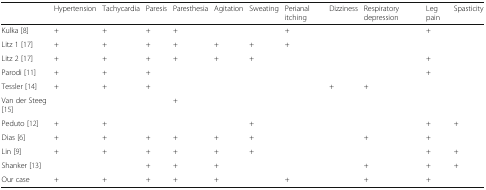
<table><thead><tr><td></td><td><b>Hypertension</b></td><td><b>Tachycardia</b></td><td><b>Paresis</b></td><td><b>Paresthesia</b></td><td><b>Agitation</b></td><td><b>Sweating</b></td><td><b>Perianal itching</b></td><td><b>Dizziness</b></td><td><b>Respiratory depression</b></td><td><b>Leg pain</b></td><td><b>Spasticity</b></td></tr></thead><tbody><tr><td>Kulka [8]</td><td>+</td><td>+</td><td>+</td><td>+</td><td></td><td></td><td>+</td><td></td><td></td><td>+</td><td></td></tr><tr><td>Litz 1 [17]</td><td>+</td><td>+</td><td>+</td><td>+</td><td>+</td><td>+</td><td>+</td><td></td><td></td><td></td><td></td></tr><tr><td>Litz 2 [17]</td><td>+</td><td>+</td><td>+</td><td>+</td><td>+</td><td>+</td><td></td><td></td><td></td><td>+</td><td></td></tr><tr><td>Parodi [11]</td><td>+</td><td>+</td><td>+</td><td></td><td></td><td></td><td></td><td></td><td></td><td>+</td><td></td></tr><tr><td>Tessler [14]</td><td>+</td><td>+</td><td>+</td><td></td><td></td><td></td><td></td><td>+</td><td>+</td><td></td><td></td></tr><tr><td>Van der Steeg [15]</td><td></td><td></td><td></td><td>+</td><td></td><td></td><td></td><td></td><td></td><td></td><td></td></tr><tr><td>Peduto [12]</td><td>+</td><td>+</td><td></td><td></td><td></td><td>+</td><td></td><td></td><td></td><td>+</td><td>+</td></tr><tr><td>Dias [6]</td><td>+</td><td>+</td><td>+</td><td>+</td><td>+</td><td>+</td><td></td><td></td><td>+</td><td>+</td><td></td></tr><tr><td>Lin [9]</td><td>+</td><td>+</td><td>+</td><td>+</td><td>+</td><td>+</td><td></td><td></td><td></td><td>+</td><td>+</td></tr><tr><td>Shanker [13]</td><td></td><td></td><td>+</td><td>+</td><td>+</td><td></td><td></td><td></td><td>+</td><td>+</td><td>+</td></tr><tr><td>Our case</td><td>+</td><td>+</td><td>+</td><td>+</td><td>+</td><td></td><td>+</td><td></td><td>+</td><td>+</td><td></td></tr></tbody></table>